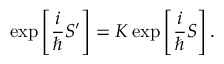
\exp \left[ \frac { i } { \hbar } S ^ { \prime } \right] = K \exp \left[ \frac { i } { \hbar } S \right] .